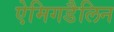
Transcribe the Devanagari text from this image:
ऐमिगडैलिन